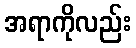
အရာကိုလည်း